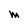
Character: M